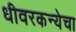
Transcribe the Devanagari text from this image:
धीवरकन्येचा